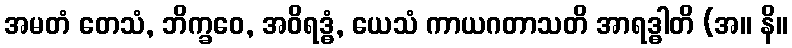
အမတံ တေသံ, ဘိက္ခဝေ, အဝိရဒ္ဓံ, ယေသံ ကာယဂတာသတိ အာရဒ္ဓါတိ (အ။ နိ။